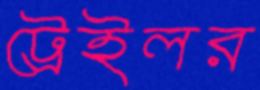
ট্রেইলর